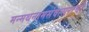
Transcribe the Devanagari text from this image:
मन्मथनामसंवत्सराची